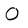
Character: O